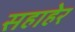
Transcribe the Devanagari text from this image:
सहाहेर